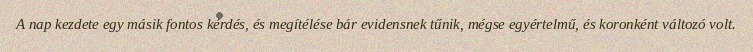
A nap kezdete egy másik fontos kérdés, és megítélése bár evidensnek tűnik, mégse egyértelmű, és koronként változó volt.